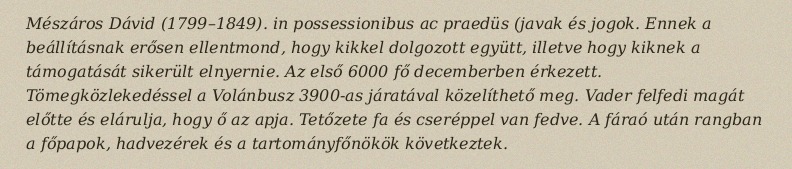
Mészáros Dávid (1799–1849). in possessionibus ac praedüs (javak és jogok. Ennek a beállításnak erősen ellentmond, hogy kikkel dolgozott együtt, illetve hogy kiknek a támogatását sikerült elnyernie. Az első 6000 fő decemberben érkezett. Tömegközlekedéssel a Volánbusz 3900-as járatával közelíthető meg. Vader felfedi magát előtte és elárulja, hogy ő az apja. Tetőzete fa és cseréppel van fedve. A fáraó után rangban a főpapok, hadvezérek és a tartományfőnökök következtek.